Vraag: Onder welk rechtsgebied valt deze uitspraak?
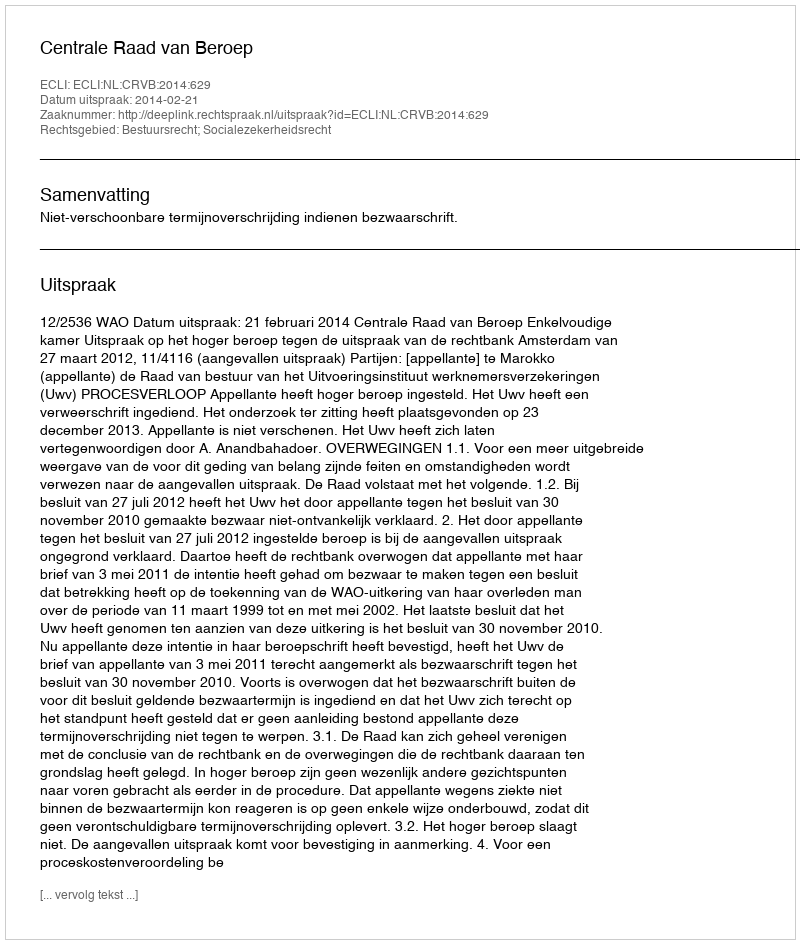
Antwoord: Bestuursrecht; Socialezekerheidsrecht